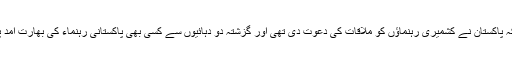
کشمیری لیڈروں سے ملاقات سے متعلق انہوں نے کہا کہ پاکستان نے کشمیری رہنماؤں کو ملاقات کی دعوت دی تھی اور گزشتہ دو دہائیوں سے کسی بھی پاکستانی رہنماء کی بھارت آمد پر حریت رہنماؤں سے ملاقات ایک معمول کی بات ہے۔